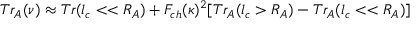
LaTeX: T r _ { A } ( \nu ) \approx T r ( l _ { c } < < R _ { A } ) + F _ { c h } ( \kappa ) ^ { 2 } [ T r _ { A } ( l _ { c } > R _ { A } ) - T r _ { A } ( l _ { c } < < R _ { A } ) ]